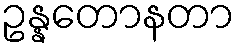
ဥန္နတောနတာ